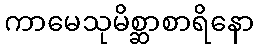
ကာမေသုမိစ္ဆာစာရိနော